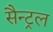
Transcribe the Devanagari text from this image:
सैन्ट्रल